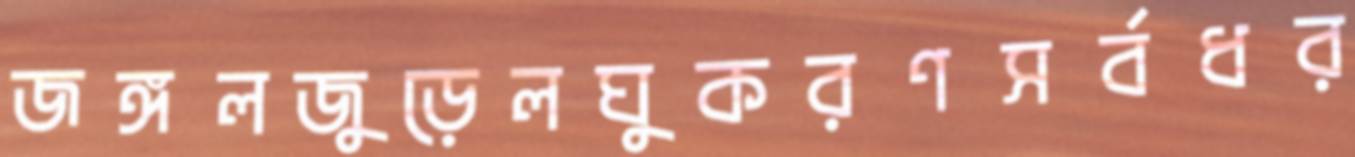
জঙ্গলজুড়েলঘুকরণসর্বধর